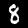
Label: 8